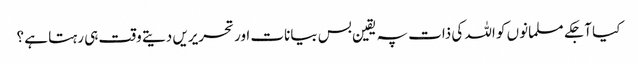
کیا آجکے مسلمانوں کو اللہ کی ذات پہ یقین بس بیانات اور تحریریں دیتے وقت ہی رہتا ہے ؟